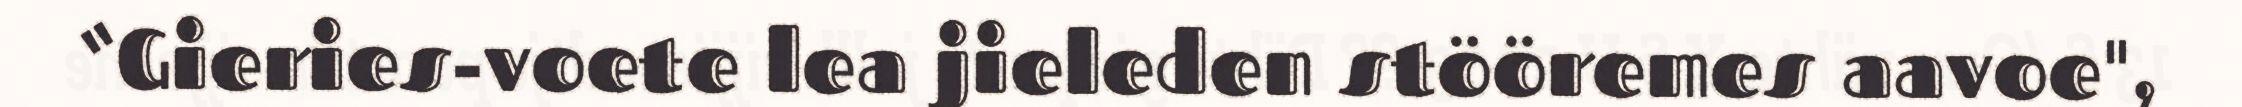
“Gieries-voete lea jieleden stööremes aavoe",